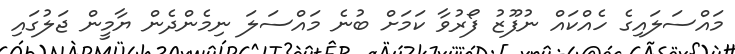
މައްސަލައިގެ ހެއްކައް ނުފޫޒު ފޯރުވާ ކަމަށް ބުނެ މައްސަލަ ނިމެންދެން ޔާމީން ޖަލުގައި